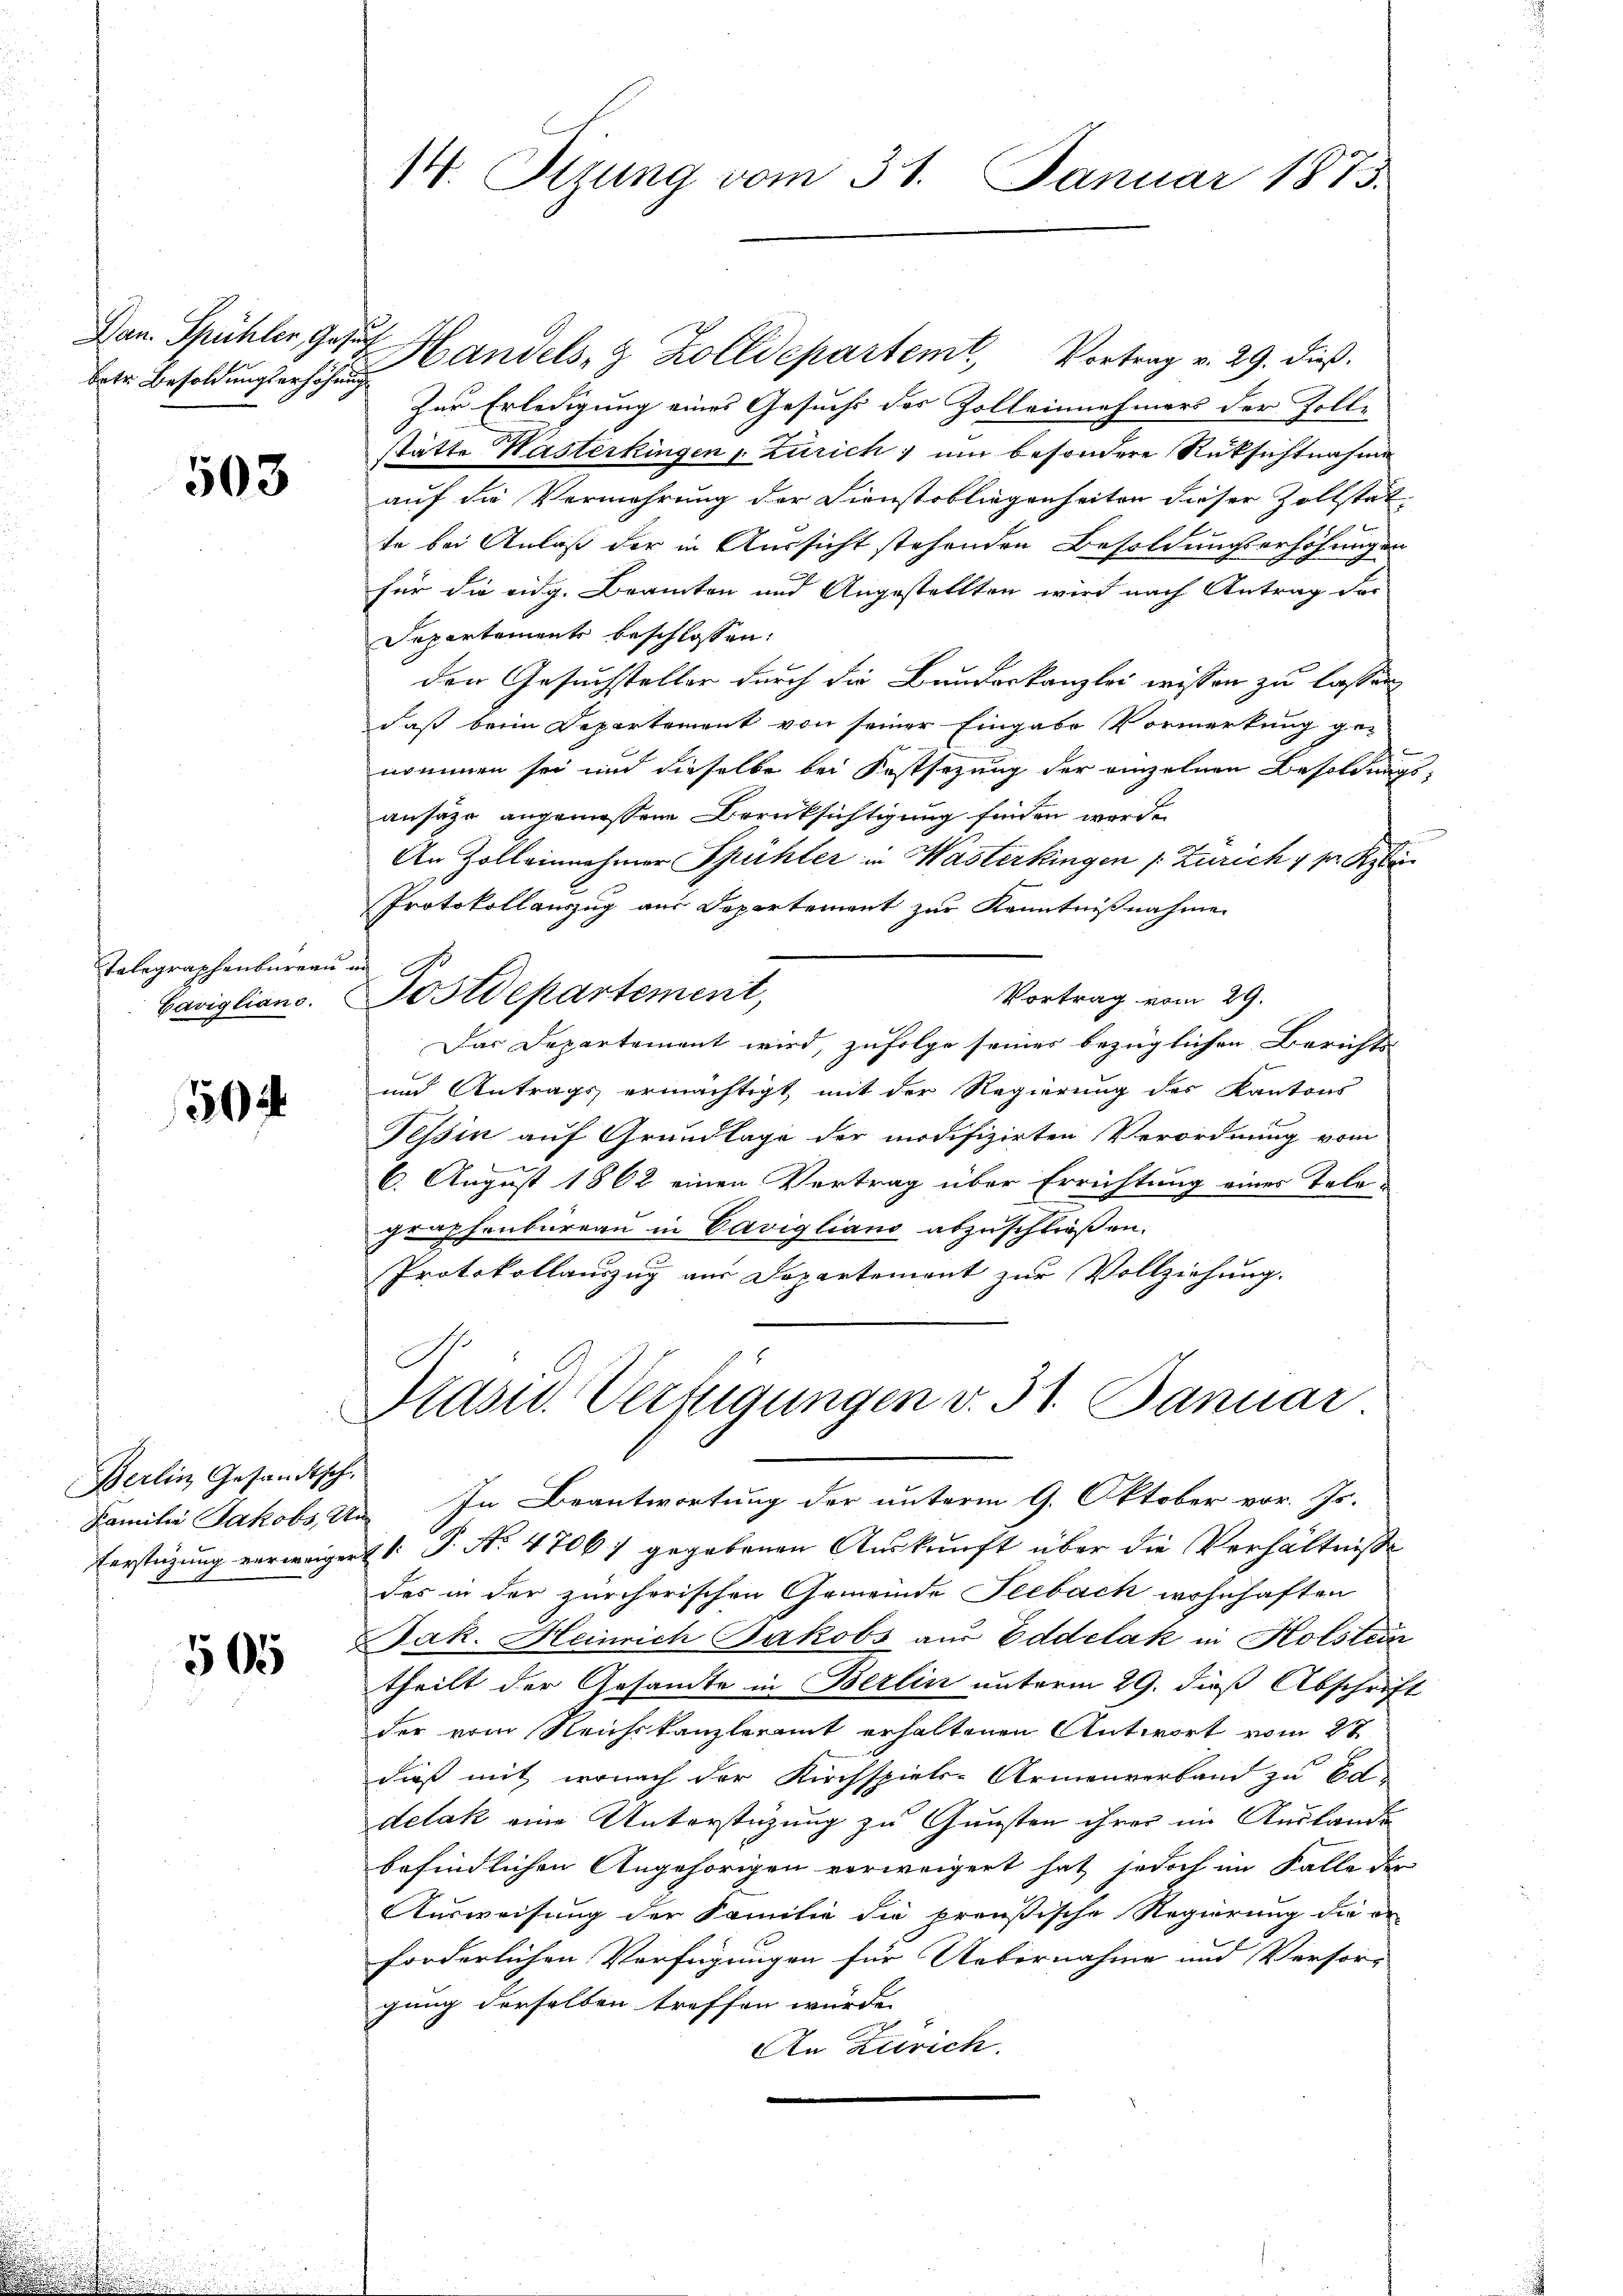
Dan. Spühler, Gesuch
brte Besoldungserhöhung

503

Telegraphenbureau in

30

Berlin Gesandtsch

565

f

14. Sizung vom 31. Januar 1873.

Handels- & Zolldepartem Vortrag v. 29. dieß.
Zur Erledigung eines Gesuchs des Zolleinnehmers der Zolle
statte Kasterkingen Zürich) um besondere Rüksichtnahme
auf die Vermehrung der Dienstobliegenheiten dieser Zollstät
te bei Anlaß der in Aussicht stehenden Besoldungserhöhungen
für die eidg. Beamten und Angestellten wird nach Antrag der
Departements beschlossen:
den Gesuchsteller durch die Bunderkanzlei wissen zu lassen
daß beim Departement von seiner Eingabe Vormerkung ge-
nommen sei und dieselbe bei Festsezung der einzelnen Besoldung
ansäze angemessene Berücksichtigung finden werde.
An Zoll einnehmer Spühler in Wasterkingen [Zürich 4 pr. Ry
Protokollauszug aus Departement zur Kenntnißnahme
Vortrag vom 29.
Das Departement wird, zufolge seines bezüglichen Berichts-
und Antrags ermächtigt mit der Regierung des Kantons
Tessin auf Grundlage der modifizirten Verordnung vom
6. August 1862 einen Vertrag über Errichtung eines Tele-
graphenbureau in Cavigliano abzuschließen.
Protokollauszug aus Departement zur Vollziehung.
Kasc. Verfügungen v. 31. Januar
Familie Jakobs A. In Beantwortung der unterm 9. Oktober vor. Js.
Verstüzung verweigert 1. P. Nr. 47067 gegebenen Auskunft über die Verhältnisse
des in der zürcherischen Gemeinde Seebach wohnhaften
Jak. Heinrich Jakobs aus Eddelak in Holstein
theilt der Gesandte in Berlin unterm 29. dieß Abschrifder vom Reichskanzleramt erhaltenen Antwort vom 27
dieß mit, wonach der Kirchspiels-Armenverband zu Ed-
delak eine Unterstützung zu Gunsten ihrer im Auslande
befindlichen Angehörigen verweigert hat, jedoch im Falle der
Ausweisung der Familie die preußische Regierung die or-
forderlichen Verfügungen für Uebernahme und Versorg
gung derselben treffen würde.
An Zürich.

Caviglians. Postdepartement,